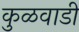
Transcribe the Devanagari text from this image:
कुळवाडी